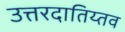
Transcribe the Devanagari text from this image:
उत्तरदातिय्तव